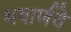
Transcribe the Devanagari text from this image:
भवार्णवे